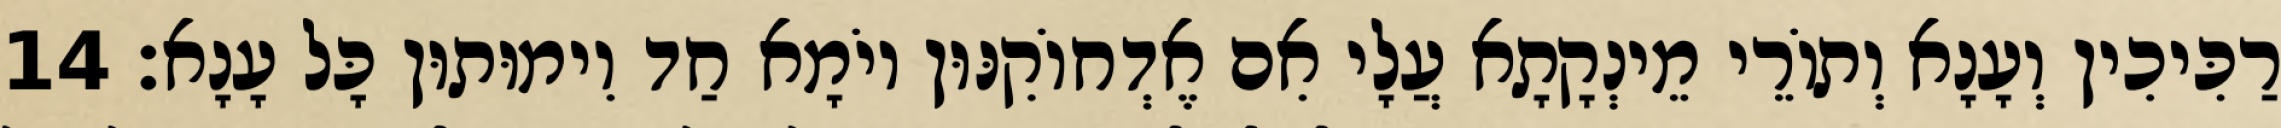
רַכִּיכִין וְעָנָא וְתוֹרֵי מֵינְקָתָא עֲלָי אִם אֶדְחוֹקִנּוּן יוֹמָא חַד וִימוּתוּן כָּל עָנָא׃ 14